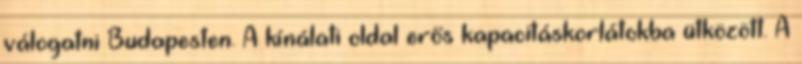
válogatni Budapesten. A kínálati oldal erős kapacitáskorlátokba ütközött. A